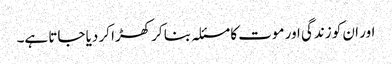
اور ان کو زندگی اور موت کا مسئلہ بنا کر کھڑا کر دیا جاتا ہے۔